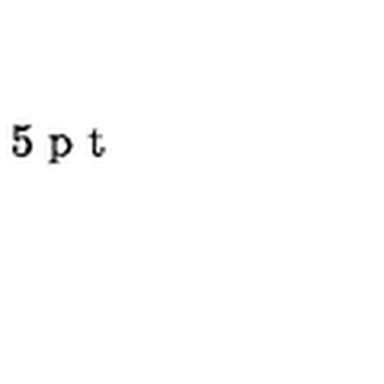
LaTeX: \vspace { 3 5 p t } \special { p s f i l e = 3 - 1 . p s }